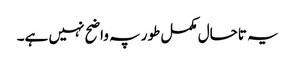
یہ تاحال مکمل طور پہ واضح نہیں ہے۔